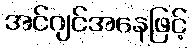
အင်ဂျင်အနေဖြင့်